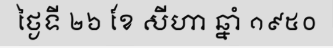
ថ្ងៃទី ២៦ ខែ សីហា ឆ្នាំ ១៩៥០